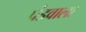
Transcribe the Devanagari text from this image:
पंडवाला